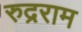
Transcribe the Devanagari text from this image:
रुद्रराम